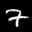
Digit: 7